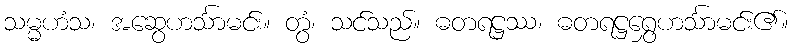
သမ္မဟံသ၊ အဆွေဟင်္သာမင်း။ တွံ၊ သင်သည်။ ဓတရဋ္ဌဿ၊ ဓတရဋ္ဌရွှေဟင်္သာမင်း၏။